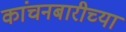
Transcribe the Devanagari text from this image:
कांचनबारीच्या